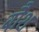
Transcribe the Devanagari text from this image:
बौश